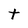
Character: t